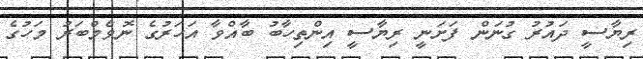
ރިޔާސީ ދައުރު ގުނަން ފަށަނީ ރިޔާސީ އިންތިހާބު ބާއްވާ އަހަރުގެ ނޮވެމްބަރު މަހުގެ